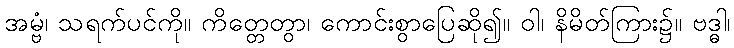
အမ္ဗံ၊ သရက်ပင်ကို။ ကိတ္တေတွာ၊ ကောင်းစွာပြေဆို၍။ ဝါ၊ နိမိတ်ကြား၌။ ဗဒ္ဓါ၊